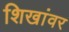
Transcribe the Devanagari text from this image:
शिखांवर